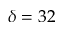
\delta = 3 2